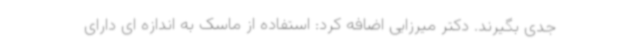
جدی بگیرند. دکتر میرزایی اضافه کرد: استفاده از ماسک به اندازه ای دارای